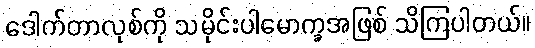
ဒေါက်တာလုစ်ကို သမိုင်းပါမောက္ခအဖြစ် သိကြပါတယ်။